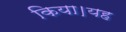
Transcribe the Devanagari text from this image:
किया।यह